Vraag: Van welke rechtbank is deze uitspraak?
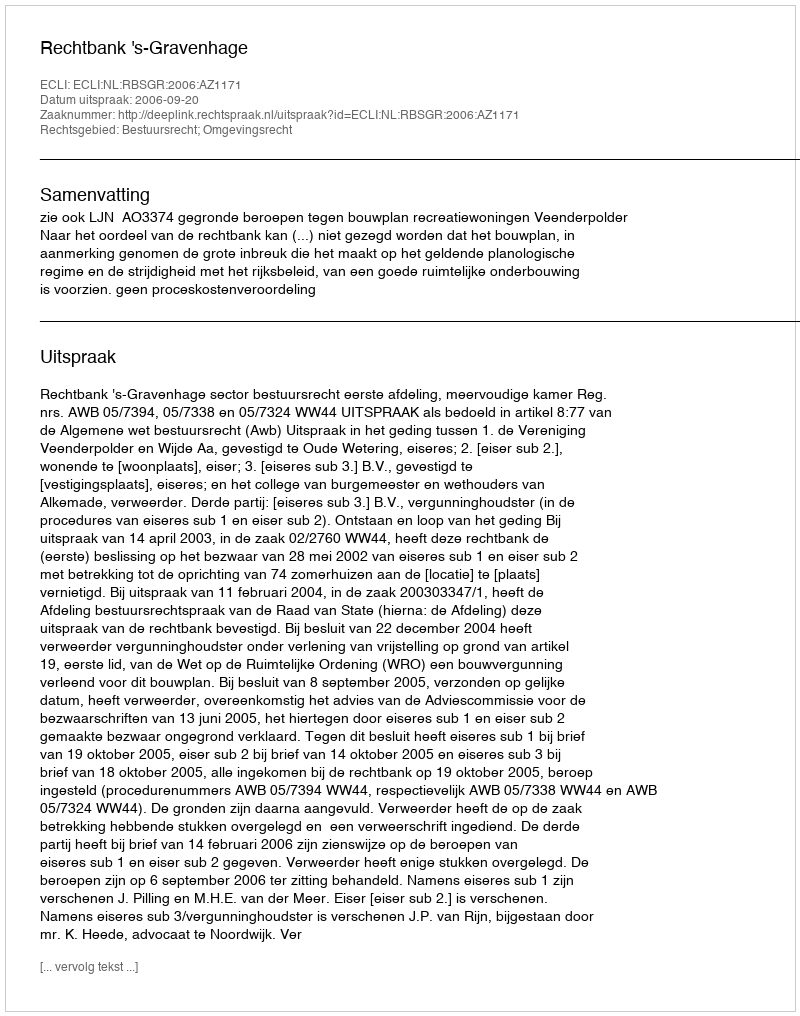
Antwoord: Rechtbank 's-Gravenhage